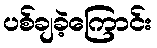
ပစ်ချခဲ့ကြောင်း